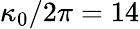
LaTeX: \kappa_{0}/2\pi=14